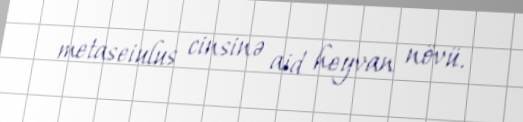
metaseiulus cinsinə aid heyvan növü.